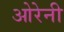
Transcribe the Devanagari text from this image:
ओरेनी